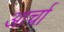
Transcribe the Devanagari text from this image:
आर्चा